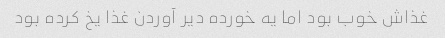
غذاش خوب بود اما یه خورده دیر آوردن غذا یخ کرده بود